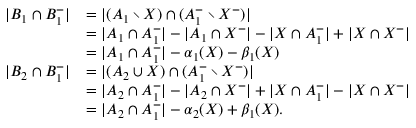
\begin{array} { r l } { | B _ { 1 } \cap B _ { 1 } ^ { - } | } & { = | ( A _ { 1 } \setminus X ) \cap ( A _ { 1 } ^ { - } \setminus X ^ { - } ) | } \\ & { = | A _ { 1 } \cap A _ { 1 } ^ { - } | - | A _ { 1 } \cap X ^ { - } | - | X \cap A _ { 1 } ^ { - } | + | X \cap X ^ { - } | } \\ & { = | A _ { 1 } \cap A _ { 1 } ^ { - } | - \alpha _ { 1 } ( X ) - \beta _ { 1 } ( X ) } \\ { | B _ { 2 } \cap B _ { 1 } ^ { - } | } & { = | ( A _ { 2 } \cup X ) \cap ( A _ { 1 } ^ { - } \setminus X ^ { - } ) | } \\ & { = | A _ { 2 } \cap A _ { 1 } ^ { - } | - | A _ { 2 } \cap X ^ { - } | + | X \cap A _ { 1 } ^ { - } | - | X \cap X ^ { - } | } \\ & { = | A _ { 2 } \cap A _ { 1 } ^ { - } | - \alpha _ { 2 } ( X ) + \beta _ { 1 } ( X ) . } \end{array}